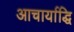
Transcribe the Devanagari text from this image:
आचार्याद्धि